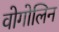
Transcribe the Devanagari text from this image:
वोगोलिन